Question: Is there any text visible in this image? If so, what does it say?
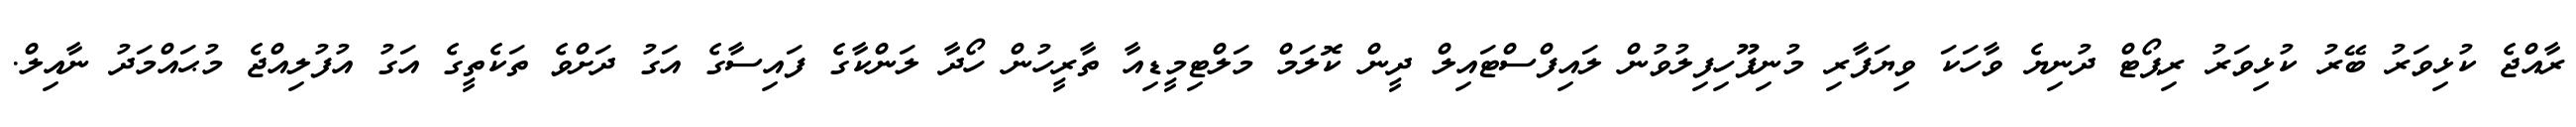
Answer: ރާއްޖެ ކުޅިވަރު ބޭރު ކުޅިވަރު ރިޕޯޓް ދުނިޔެ ވާހަކަ ވިޔަފާރި މުނިފޫހިފިލުވުން ލައިފްސްޓައިލް ދީން ކޮލަމް މަލްޓިމީޑިއާ ތާރީހުން ހޯދާ ލަންކާގެ ފައިސާގެ އަގު ދަށްވެ ތަކެތީގެ އަގު އުފުލިއްޖެ މުޙައްމަދު ނާއިލް.